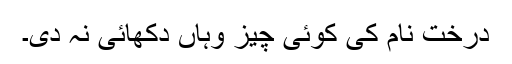
درخت نام کی کوئی چیز وہاں دکھائی نہ دی۔